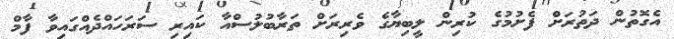
އެގޮތުން ދަތުރަށް ފެށުމުގެ ކުރިން ލީބިޔާގެ ވެރިރަށް ތަރާބުލުސްއާ ކައިރި ސަރަހައްދެއްގައިވާ ފާމް